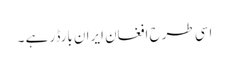
اسی طرح افغان ایران بارڈر ہے ۔